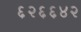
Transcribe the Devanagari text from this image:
६२६६४२